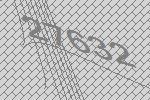
27632